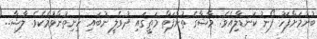
ބުނުމަށްފަހު ފޯނު ކަނޑާލިއެވެ. މާޝާގެ ތުންފަތް މަތީގައި ދުވެލީ ނުބައި ހިނިތުންވުމެކެވެ. ލާޝާ..